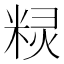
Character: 𮇤